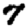
Digit: 7